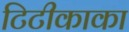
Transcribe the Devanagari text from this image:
टिटीकाका